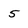
Character: 5